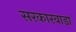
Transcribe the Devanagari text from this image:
सरकारवाडा